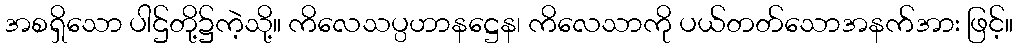
အစရှိသော ပါဌ်တို့၌ကဲ့သို့။ ကိလေသပ္ပဟာနဋ္ဌေန၊ ကိလေသာကို ပယ်တတ်သောအနက်အား ဖြင့်။